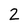
Character: 2